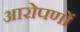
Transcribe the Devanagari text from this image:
आरोपणों